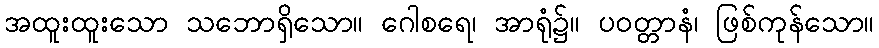
အထူးထူးသော သဘောရှိသော။ ဂေါစရေ၊ အာရုံ၌။ ပဝတ္တာနံ၊ ဖြစ်ကုန်သော။